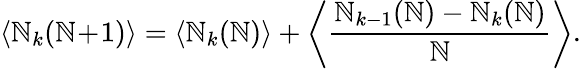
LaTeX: \left\langle\mathbb{N}_{k}(\mathbb{N}\! +\! 1)\right\rangle=\left\langle\mathbb{N}_{k}(\mathbb{N})\right\rangle+\bigg\langle\frac{{\mathbb{N}_{k-1}(\mathbb{N})-\mathbb{N}_{k}(\mathbb{N})}}{{\mathbb{N}}}\bigg\rangle.